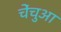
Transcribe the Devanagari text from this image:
चेंचुआ